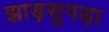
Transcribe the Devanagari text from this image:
झाड़सुगड़ा